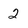
Character: 2